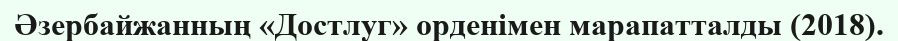
Әзербайжанның «Достлуг» орденімен марапатталды (2018).